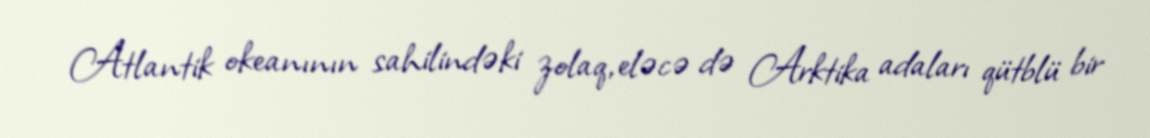
Atlantik okeanının sahilindəki zolaq, eləcə də Arktika adaları qütblü bir